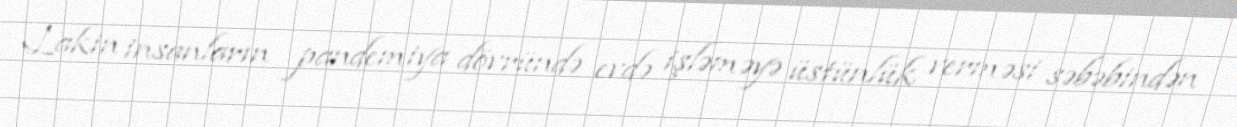
Lakin insanların pandemiya dövründə evdə işləməyə üstünlük verməsi səbəbindən